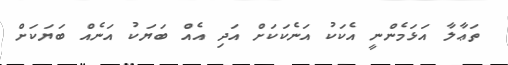
ތަޢާލާ އަޅަމެންނީ އެކަކު އަނެކަކަށް އަދި އެއް ބަޔަކު އަނެއް ބަޔަކަށް